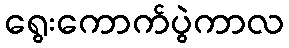
ရွေးကောက်ပွဲကာလ